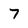
Character: 7